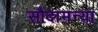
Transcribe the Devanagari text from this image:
सौदामन्या